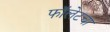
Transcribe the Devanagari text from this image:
फॉलेटचा